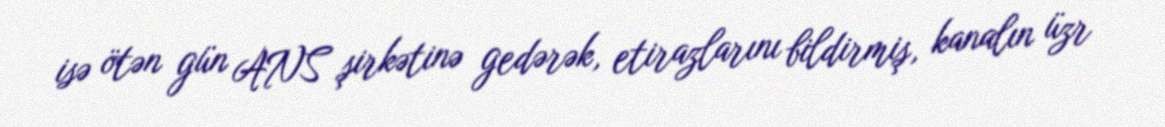
isə ötən gün ANS şirkətinə gedərək, etirazlarını bildirmiş, kanalın üzr